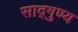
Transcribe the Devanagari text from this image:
साद्गुण्य